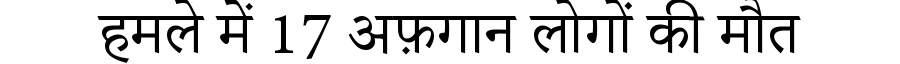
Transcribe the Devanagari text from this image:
हमले में 17 अफ़गान लोगों की मौत